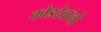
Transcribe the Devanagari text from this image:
कोडदेवांनी